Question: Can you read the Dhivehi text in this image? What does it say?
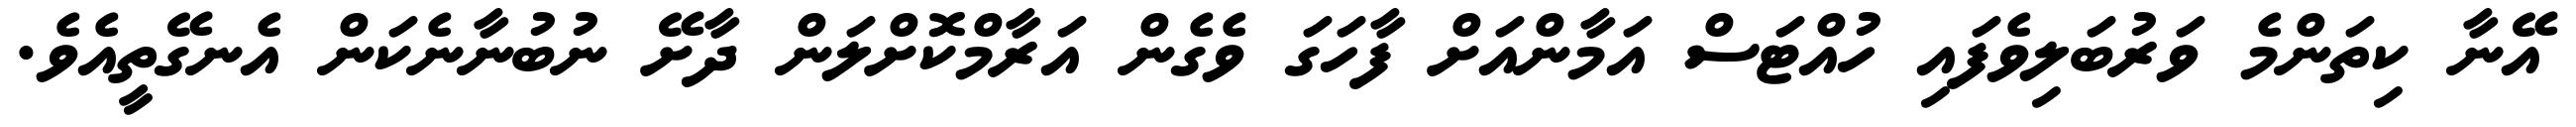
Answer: އޭނާ ކިތަންމެ ވަރުބަލިވެފައި ހުއްޓަސް އަމާންއަށް ފާހަގަ ވެގެން އަރާމްކޮށްލަން ދާށޭ ނުބުނާނެކަން އެނގޭތީއެވެ.